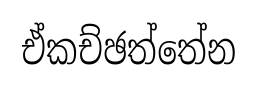
ඒකච්ඡත්තේන